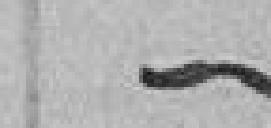
"